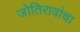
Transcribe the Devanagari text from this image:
जोतिरावांचा